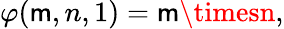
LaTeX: \varphi(\mathsf{m},n,1)=\mathsf{m}\timesn,